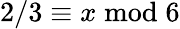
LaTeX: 2/3\equiv x{\bmod{6}}